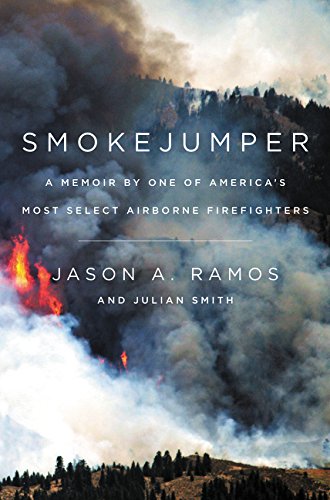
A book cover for Smokejumper: A Memoir by One of America's Most Select Airborne Firefighters; Jason A. Ramos; Science & Math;